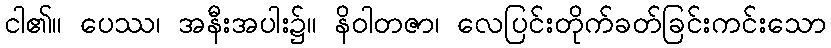
ငါ၏။ ပေဿ၊ အနီးအပါး၌။ နိဝါတဇာ၊ လေပြင်းတိုက်ခတ်ခြင်းကင်းသော